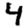
Digit: 4